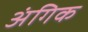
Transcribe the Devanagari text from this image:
अंगिक